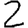
Digit: 2